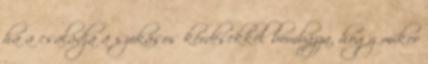
ha a családja a szokásos kérdésekkel bombázza, hogy mikor